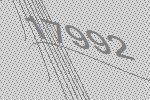
17992